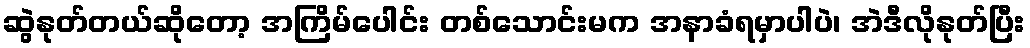
ဆွဲနုတ်တယ်ဆိုတော့ အကြိမ်ပေါင်း တစ်သောင်းမက အနာခံရမှာပါပဲ၊ အဲဒီလိုနုတ်ပြီး